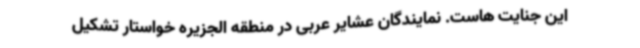
این جنایت هاست. نمایندگان عشایر عربی در منطقه الجزیره خواستار تشکیل